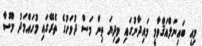
މިއީ ބައިނަލްއަޤްވާމީ މައިދާނުގައި މިދިޔަ ތިން މަސް ދުވަހުގެ ތެރޭގައި މުހައްމަދު މޫސާ